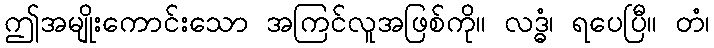
ဤအမျိုးကောင်းသော အကြင်လူအဖြစ်ကို။ လဒ္ဓံ၊ ရပေပြီ။ တံ၊